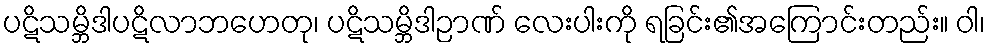
ပဋိသမ္ဘိဒါပဋိလာဘဟေတု၊ ပဋိသမ္ဘိဒါဉာဏ် လေးပါးကို ရခြင်း၏အကြောင်းတည်း။ ဝါ၊